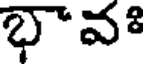
భావః